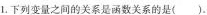
1.下列变量之间的关系是函数关系的是() 。